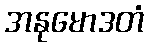
အနုမောဒတံ